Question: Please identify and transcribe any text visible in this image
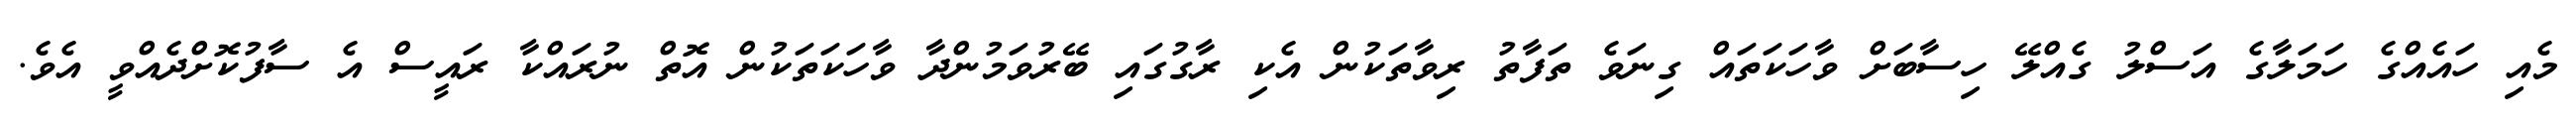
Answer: މެއި ހައެއްގެ ހަމަލާގެ އަސްލު ގެއްލޭ ހިސާބަށް ވާހަކަތައް ގިނަވެ ތަފާތު ރިވާތަކުން އެކި ރާގުގައި ބޭރުވަމުންދާ ވާހަކަތަކުން އޮތް ނުރައްކާ ރައީސް އެ ސާފުކޮށްދެއްވީ އެވެ.